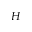
H